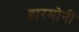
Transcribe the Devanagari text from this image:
हारमोनी